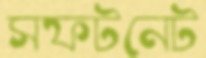
সফটনেট